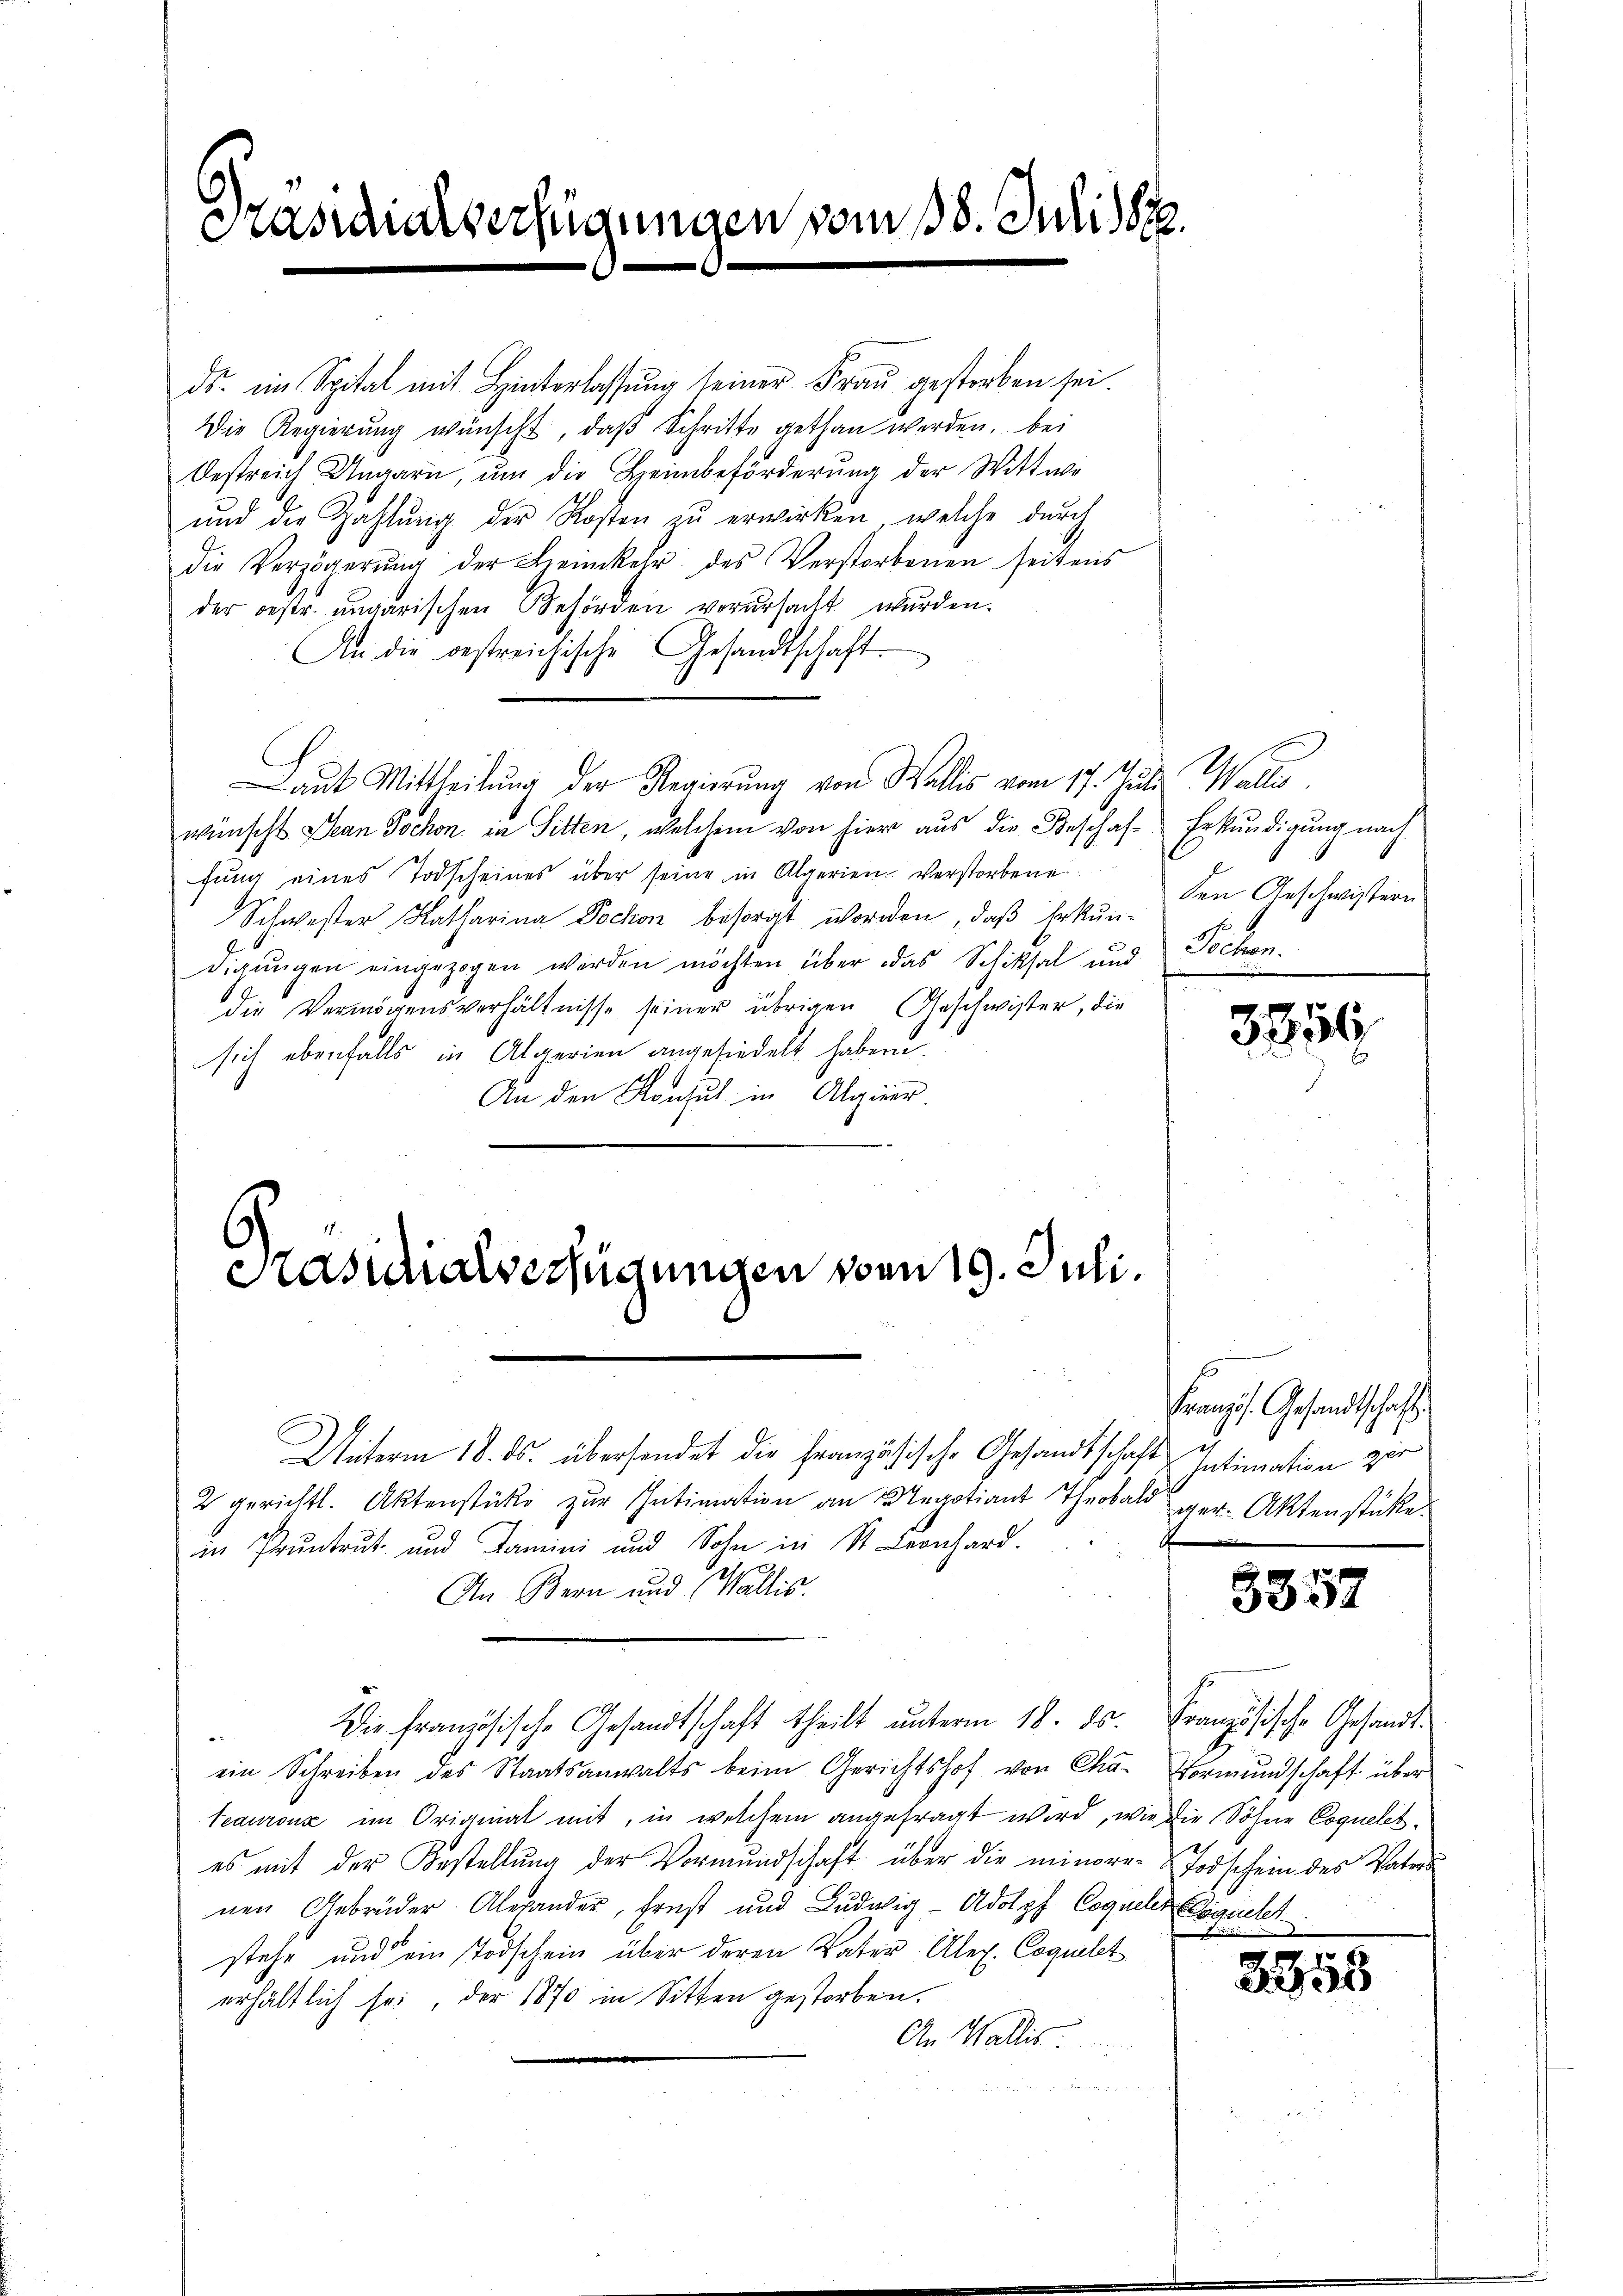
Casinverfügungen vom 18. Juli 188

ds. im Spital mit Hinterlassung seiner Frau gestorben sei.
Die Regierŭng wünscht, daβ Schritte gethan werden, bei
Oestreich Ungarn, ŭm die Heimbeförderung der Wittwe
ŭnd die Zahlŭng der Kosten zŭ erwirken, welche durch
die Verzögerŭng der Heimkehr. des Verstorbenen seitens
der bestr. angarischen Behörden verursacht wurden.
An die bestreichische Gesandtschaft
Laut Mittheilung der Regierung von Wallis vom 17. Juli Wallis,
wünscht Jean Jochon in Sitten, welchem von hier aus die Beschaf-Erkundigung nach
fŭng eines Todscheines über seine in Algerien. Verstorbene
Schwester Katharina Dochon besorgt worden, daß Erkundigŭngen eingezogen werden möchten über das Schiksal und
die Vermögensverhältnisse seiner übrigen Geschwister, die
sich ebenfalls in Algerien angesiedelt haben.
An den Konsul in Algier.

6
Casialverfügungen von 19. Juli.

den Geschwistern
Sichen.

Unterm 18. ds. übersendet die Französische Gesandtschaft Intimation zur
2 gerichtl. Aktenstücke zur Intimation an Segotiant Theobald ger. Aktenstücke.
in Pruntrut und Famini und Sohn in St. Leonhard.
An Bern und Wallis.
Die französische Gesandtschaft theilt ŭnterm 18. ds. Französische Gesandt-
ein Schreiben des Staatsanwalts beim Gerichtshof von Cha- Vormundschaft über
teaurenz im Originat mit, in welchem angefragt wird, wie die Söhne Coqueletes mit der Bestellŭng der Vormundschaft über die minore- Todschein des Vater
nen Gebrüder Alexander, Ernst und Ludwig-Adolpf Coqueter Erguelt
stehe und ein Todschein über deren Vater Alex. Coguelt
erhältlich sei, der 1870 in Sitten gestorben.
An Wallis

3816.

Französ. Gesandtschaft

3357

3855